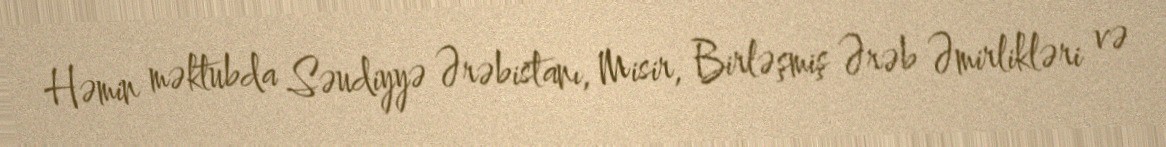
Həmin məktubda Səudiyyə Ərəbistanı, Misir, Birləşmiş Ərəb Əmirlikləri və